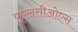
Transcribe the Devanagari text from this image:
यूएलसीओएस